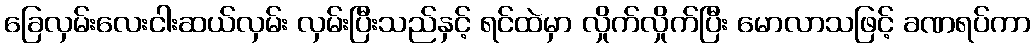
ခြေလှမ်းလေးငါးဆယ်လှမ်း လှမ်းပြီးသည်နှင့် ရင်ထဲမှာ လှိုက်လှိုက်ပြီး မောလာသဖြင့် ခဏရပ်ကာ